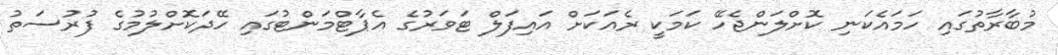
މުބާރާތުގައި ހަމައެކަނި ކޮށްލަންޖެހޭ ކަމަކީ ރެއަކަށް އައިފަލް ޓަވަރުގެ އެޕާޓްމަންޓުގައި ހޭދަކޮށްލުމުގެ ފުރުސަތު